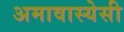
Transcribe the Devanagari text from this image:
अमावास्येसी